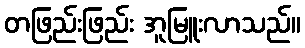
တဖြည်းဖြည်း အူမြူးလာသည်။